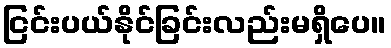
ငြင်းပယ်နိုင်ခြင်းလည်းမရှိပေ။